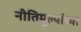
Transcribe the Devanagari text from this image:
नीतिमूल्यांच्या